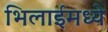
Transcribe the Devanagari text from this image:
भिलाईमध्ये